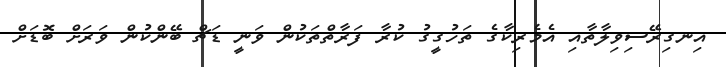
އިނގިރޭސިވިލާތާއި އެމެރިކާގެ ތަހުގީގު ކުރާ ފަރާތްތަކުން ވަނީ ޑަޗް ބޭންކުން ވަަރަށް ބޮޑަށް